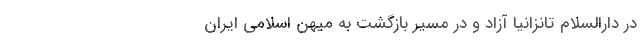
در دارالسلام تانزانیا آزاد و در مسیر بازگشت به میهن اسلامی ایران